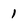
Character: 1